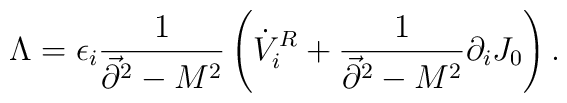
\Lambda = \epsilon_i{1\over\vec{\partial}^2-M^2}\left(\dot{V}_i^R+{1\over \vec{\partial}^2-M^2}\partial_iJ_0\right).